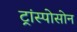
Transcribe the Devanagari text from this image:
ट्रांस्पोसोन